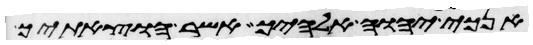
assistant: אנכי יהוה אלהיך אשר הוצאתיך